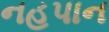
નહપાન